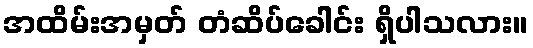
အထိမ်းအမှတ် တံဆိပ်ခေါင်း ရှိပါသလား။